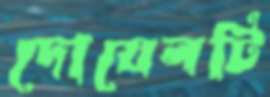
দোয়েলটি